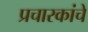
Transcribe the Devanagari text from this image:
प्रचारकांचे